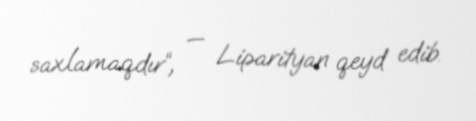
saxlamaqdır“, — Liparityan qeyd edib.